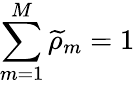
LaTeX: \sum_{m=1}^{M}\widetilde{\rho}_{m}=1